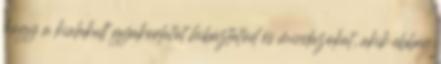
hogy a kialakult gyakorlatot hibáztatod és mindazokat, akik ebben